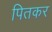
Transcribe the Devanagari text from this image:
पितकर